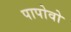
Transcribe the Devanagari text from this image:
पापोवो